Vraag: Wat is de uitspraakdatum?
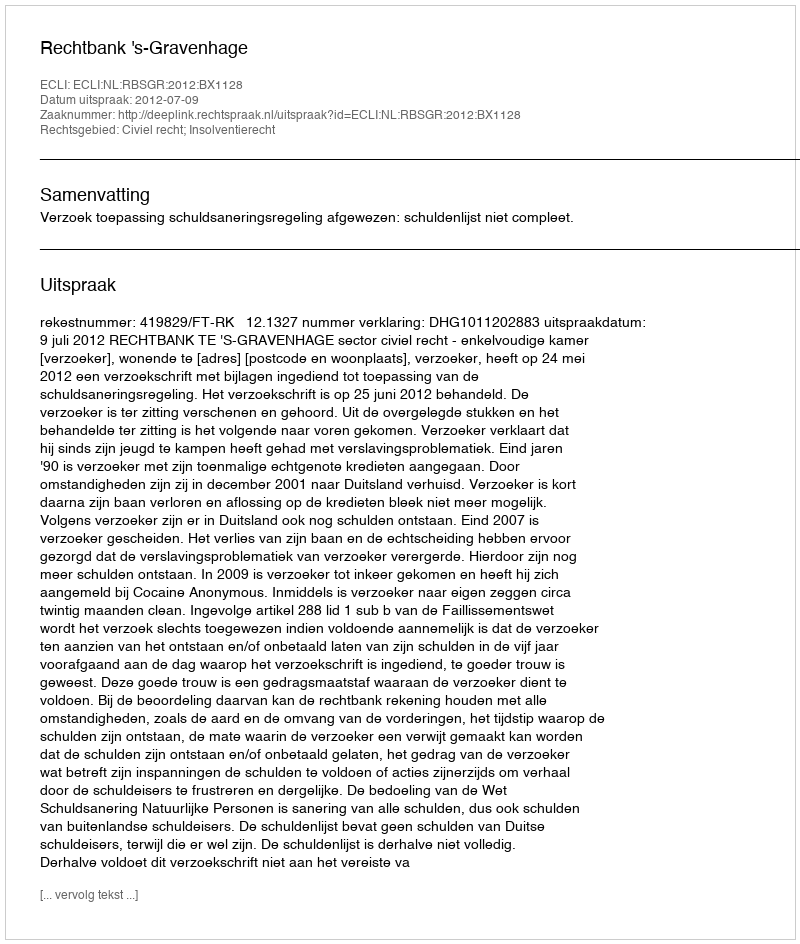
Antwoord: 2012-07-09